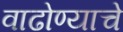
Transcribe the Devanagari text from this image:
वाढोण्याचे